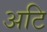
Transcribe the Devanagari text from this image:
अटि